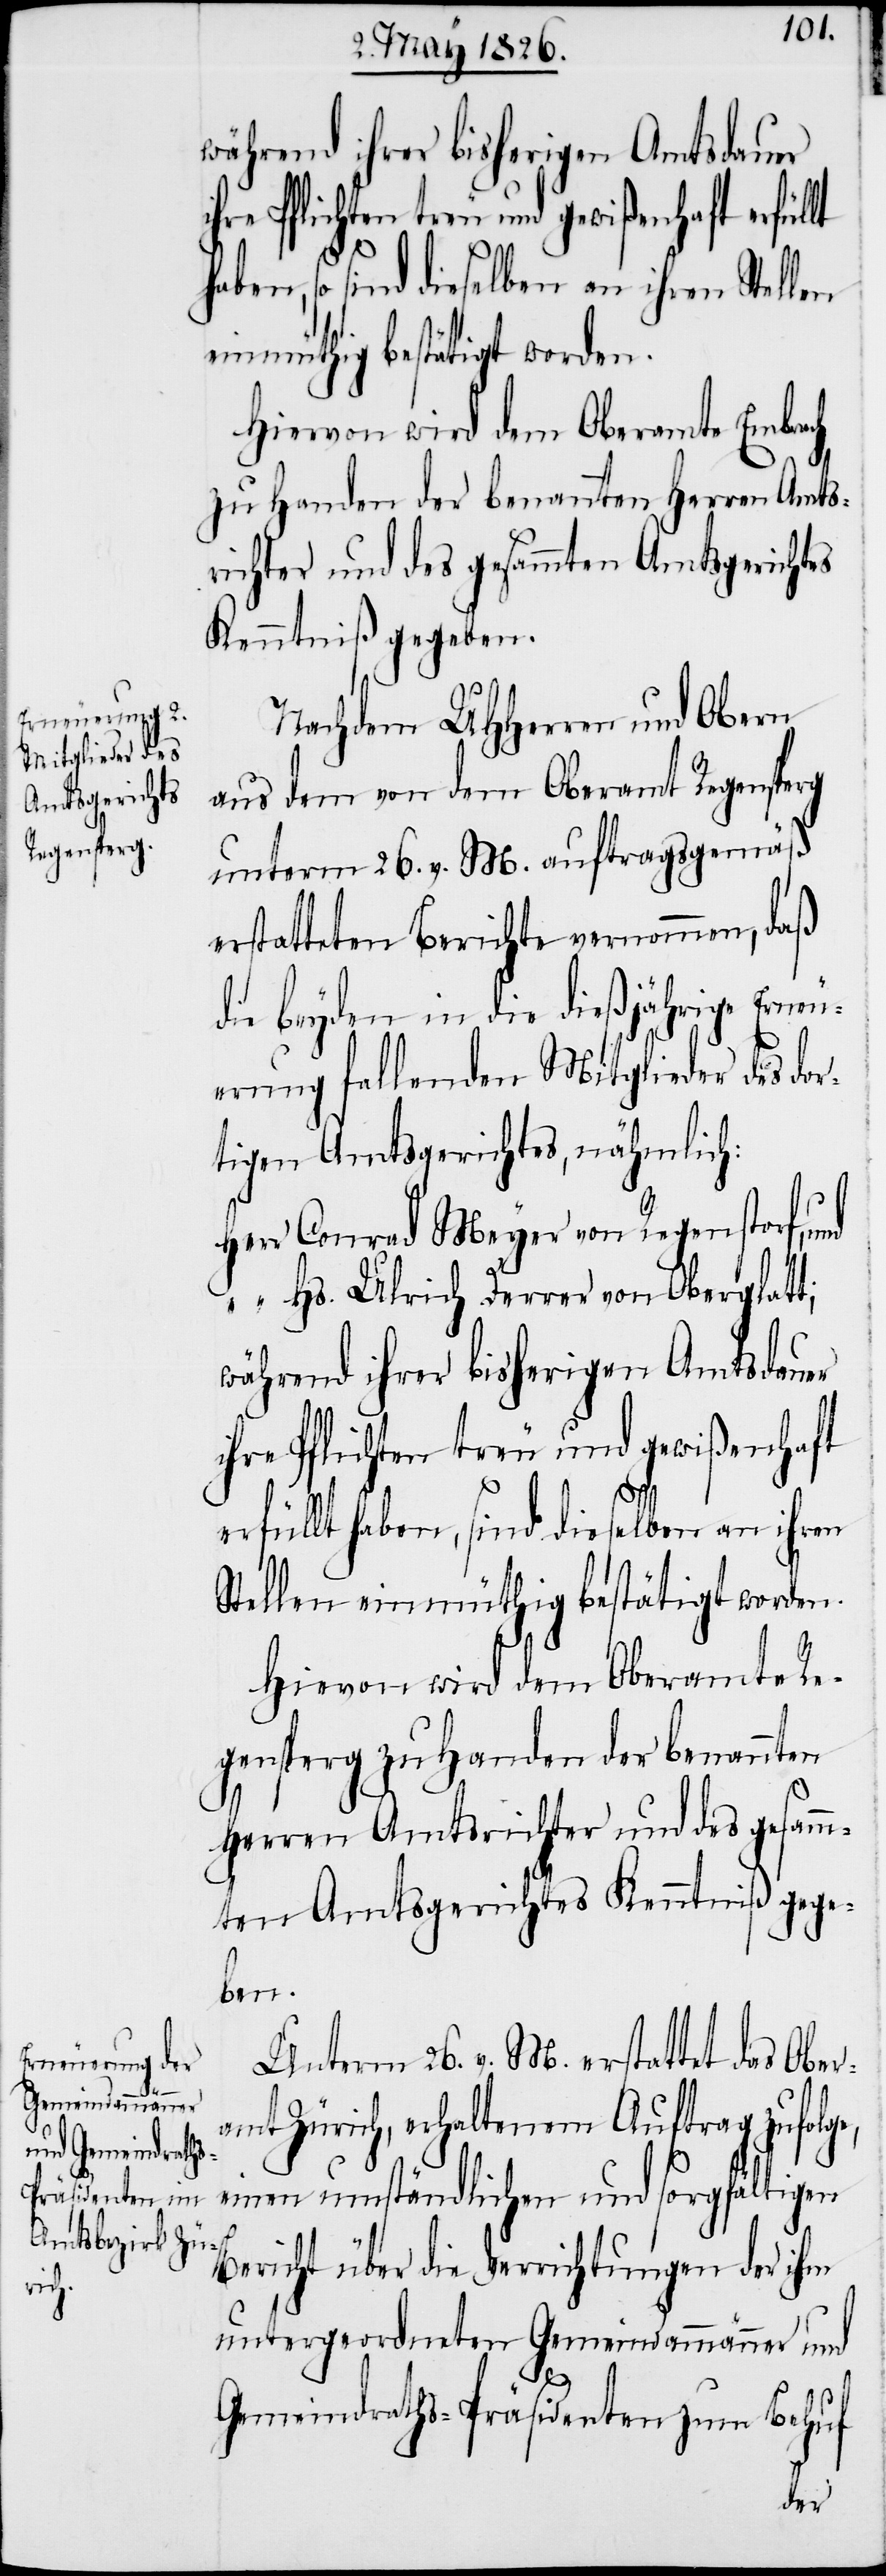
während ihrer bisherigen Amtsdauer
ihre Pflichten treu und gewißenhaft erfüllt
aben, so sind dieselben an ihren Stellen
einmüthig bestätigt worden.
Hiervon wird dem Oberamte Embrach
zu Handen der benannten Herren Amts¬
richter und des gesammten Amtsgerichtes
Kenntniß gegeben.
Nachdem UHHerren und Obern
aus dem von dem Oberamt Regensperg
unterm 26. v. M. auftragsgemäß
erstatteten Berichte vernommen, daß
die beyden in die dießjährige Erneu¬
erung fallenden Mitglieder des dor¬
tigen Amtsgerichtes, nähmlich:
Herr 	Conrad Meyer von Regenstorf,
“	Hs. Ulrich Ferrer von Oberglatt;
während ihrer bisherigen Amtsdauer
ihre Pflichten treu und gewißenhaft
erfüllt haben, sind dieselben an ihren
Stellen einmüthig bestätigt worden.
Hievon wird dem Oberamte Re¬
gensperg zu Handen der benannten
Herren Amtsrichter und des gesamm¬
ten Amtsgerichtes Kenntniß gege¬
ben.
Unterm 26. v. M. erstattet das Ober¬
e,
amt Zürich, erhaltenem Auftrag zufolg¬
einen umständlichen und sorgfältigen
Bericht über die Verrichtungen der ihm
untergeordneten Gemeindammänner und
Gemeindraths-Präsidenten zum Behuf